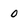
Character: 0